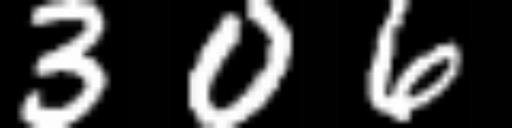
Text: 306